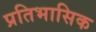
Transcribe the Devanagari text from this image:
प्रतिभासिक